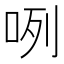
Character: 咧